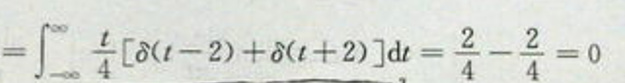
\[
=\int_{-\infty}^{\infty} \frac{t}{4}[\delta(t - 2)+\delta(t + 2)]\mathrm{d}t=\frac{2}{4}-\frac{2}{4}=0
\]